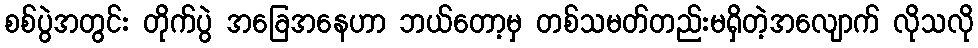
စစ်ပွဲအတွင်း တိုက်ပွဲ အခြေအနေဟာ ဘယ်တော့မှ တစ်သမတ်တည်းမရှိတဲ့အလျောက် လိုသလို